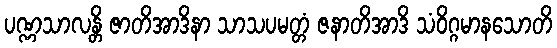
ပဏ္ဏသာလန္တိ ဇာတိအာဒိနာ သာသပမတ္တံ ဇနာတိအာဒိ သံဝိဂ္ဂမာနသောတိ